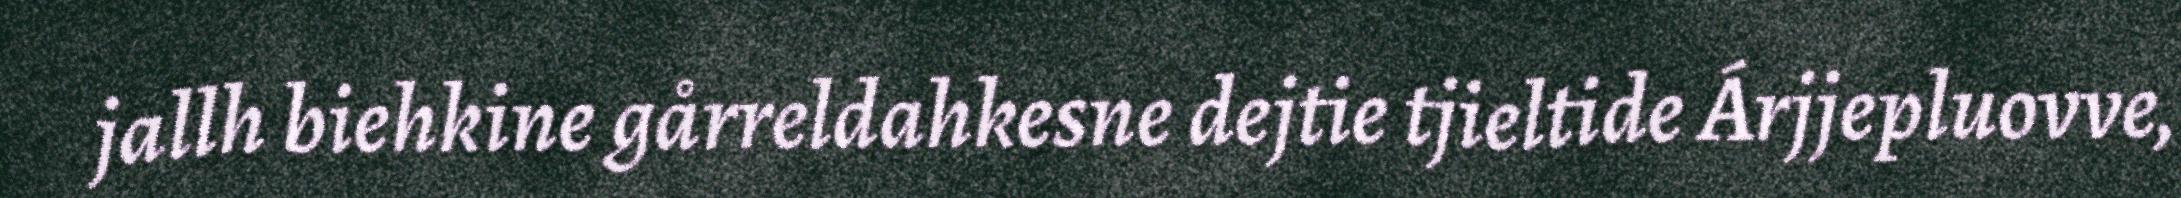
jallh biehkine gårreldahkesne dejtie tjieltide Árjjepluovve,